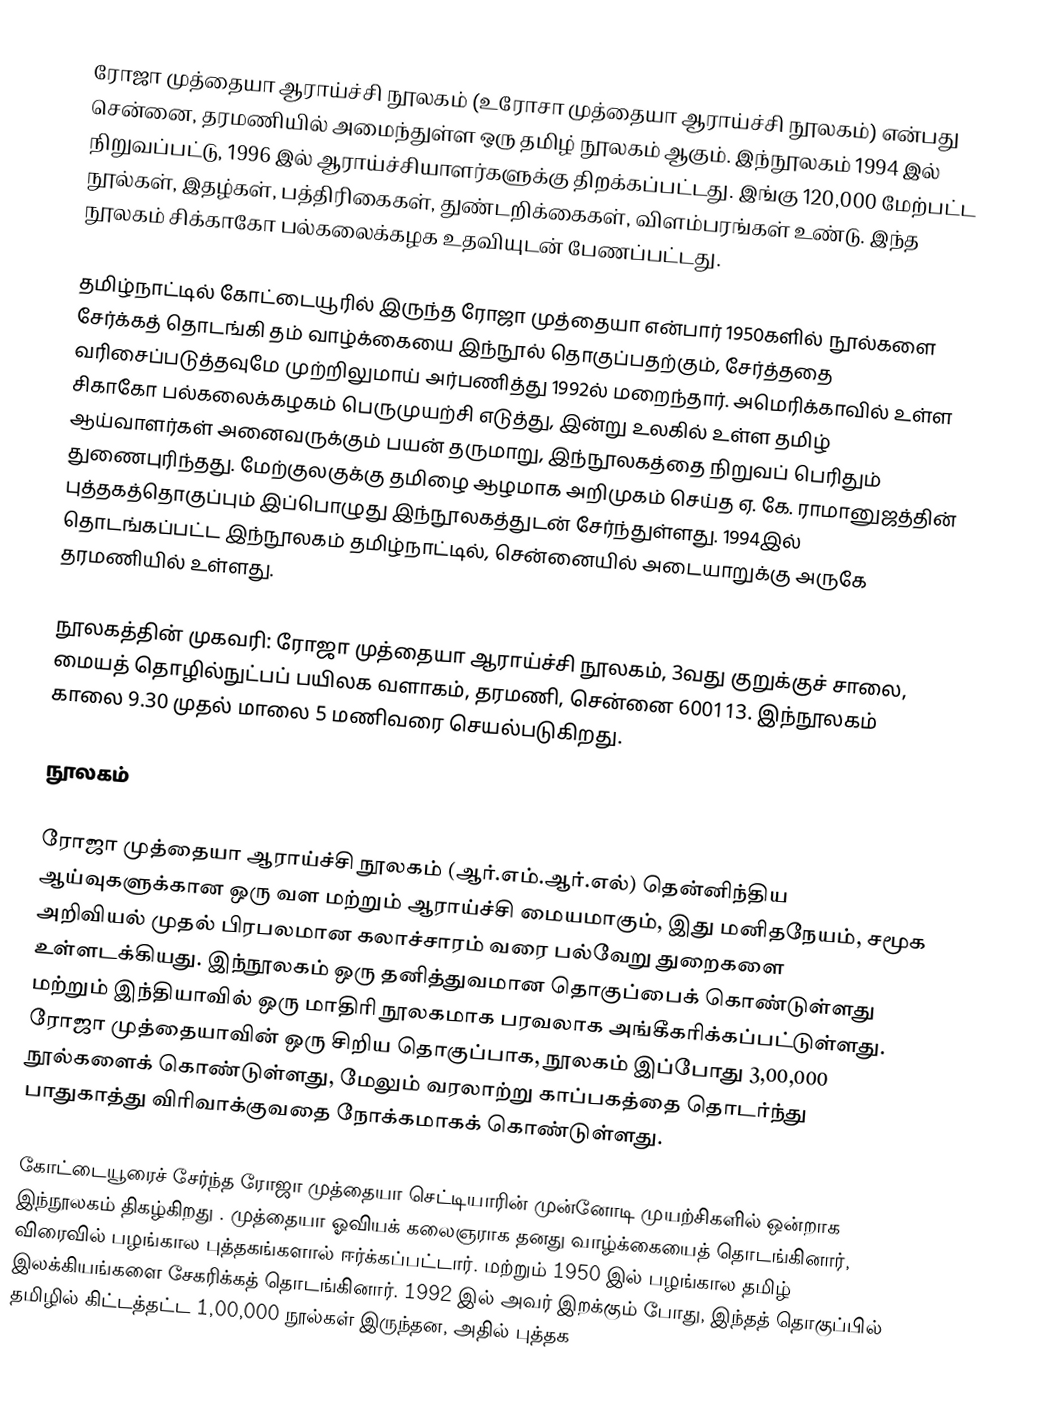
ரோஜா முத்தையா ஆராய்ச்சி நூலகம் (உரோசா முத்தையா ஆராய்ச்சி நூலகம்) என்பது சென்னை, தரமணியில் அமைந்துள்ள ஒரு தமிழ் நூலகம் ஆகும். இந்நூலகம் 1994 இல் நிறுவப்பட்டு, 1996 இல் ஆராய்ச்சியாளர்களுக்கு திறக்கப்பட்டது. இங்கு 120,000 மேற்பட்ட நூல்கள், இதழ்கள், பத்திரிகைகள், துண்டறிக்கைகள், விளம்பரங்கள் உண்டு. இந்த நூலகம் சிக்காகோ பல்கலைக்கழக உதவியுடன் பேணப்பட்டது.

தமிழ்நாட்டில் கோட்டையூரில் இருந்த ரோஜா முத்தையா என்பார் 1950களில் நூல்களை சேர்க்கத் தொடங்கி தம் வாழ்க்கையை இந்நூல் தொகுப்பதற்கும், சேர்த்ததை வரிசைப்படுத்தவுமே முற்றிலுமாய் அர்பணித்து 1992ல் மறைந்தார். அமெரிக்காவில் உள்ள சிகாகோ பல்கலைக்கழகம் பெருமுயற்சி எடுத்து, இன்று உலகில் உள்ள தமிழ் ஆய்வாளர்கள் அனைவருக்கும் பயன் தருமாறு, இந்நூலகத்தை நிறுவப் பெரிதும் துணைபுரிந்தது. மேற்குலகுக்கு தமிழை ஆழமாக அறிமுகம் செய்த ஏ. கே. ராமானுஜத்தின் புத்தகத்தொகுப்பும் இப்பொழுது இந்நூலகத்துடன் சேர்ந்துள்ளது. 1994இல் தொடங்கப்பட்ட இந்நூலகம் தமிழ்நாட்டில், சென்னையில் அடையாறுக்கு அருகே தரமணியில் உள்ளது.

நூலகத்தின் முகவரி: ரோஜா முத்தையா ஆராய்ச்சி நூலகம், 3வது குறுக்குச் சாலை, மையத் தொழில்நுட்பப் பயிலக வளாகம், தரமணி, சென்னை 600113.  இந்நூலகம் காலை 9.30 முதல் மாலை 5 மணிவரை செயல்படுகிறது.

நூலகம்

ரோஜா முத்தையா ஆராய்ச்சி நூலகம் (ஆர்.எம்.ஆர்.எல்) தென்னிந்திய ஆய்வுகளுக்கான ஒரு வள மற்றும் ஆராய்ச்சி மையமாகும், இது மனிதநேயம், சமூக அறிவியல் முதல் பிரபலமான கலாச்சாரம் வரை பல்வேறு துறைகளை உள்ளடக்கியது. இந்நூலகம் ஒரு தனித்துவமான தொகுப்பைக் கொண்டுள்ளது மற்றும் இந்தியாவில் ஒரு மாதிரி நூலகமாக பரவலாக அங்கீகரிக்கப்பட்டுள்ளது. ரோஜா முத்தையாவின் ஒரு சிறிய தொகுப்பாக, நூலகம் இப்போது 3,00,000 நூல்களைக் கொண்டுள்ளது, மேலும் வரலாற்று காப்பகத்தை தொடர்ந்து பாதுகாத்து விரிவாக்குவதை நோக்கமாகக் கொண்டுள்ளது.

கோட்டையூரைச் சேர்ந்த ரோஜா முத்தையா செட்டியாரின் முன்னோடி முயற்சிகளில் ஒன்றாக இந்நூலகம் திகழ்கிறது . முத்தையா ஓவியக் கலைஞராக தனது வாழ்க்கையைத் தொடங்கினார், விரைவில் பழங்கால புத்தகங்களால் ஈர்க்கப்பட்டார். மற்றும் 1950 இல் பழங்கால தமிழ் இலக்கியங்களை சேகரிக்கத் தொடங்கினார். 1992 இல் அவர் இறக்கும் போது, இந்தத் தொகுப்பில் தமிழில் கிட்டத்தட்ட 1,00,000 நூல்கள் இருந்தன, அதில் புத்தக